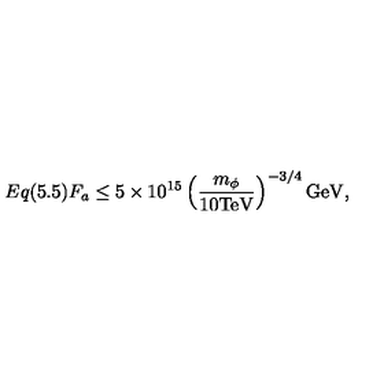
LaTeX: E q ( 5 . 5 ) F _ { a } \leq 5 \times 1 0 ^ { 1 5 } \left( \frac { m _ { \phi } } { 1 0 \mathrm { T e V } } \right) ^ { - 3 / 4 } \mathrm { G e V } ,